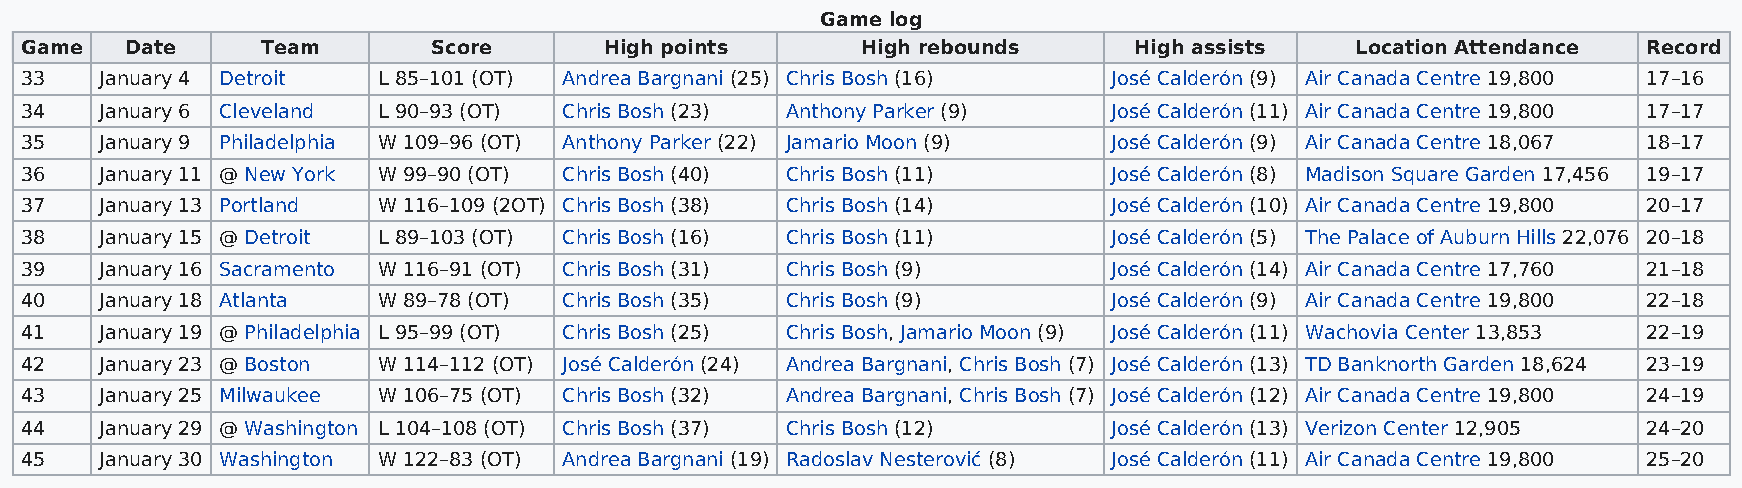
Game log
 Game   Date     Team        Score      High points      High rebounds     High assists   Location Attendance Record
 33    January 4 Detroit L 85–101 (OT) Andrea Bargnani (25) Chris Bosh (16) José Calderón (9) Air Canada Centre 19,800 17–16
 34    January 6 Cleveland L 90–93 (OT) Chris Bosh (23) Anthony Parker (9) José Calderón (11) Air Canada Centre 19,800 17–17
 35    January 9 Philadelphia W 109–96 (OT) Anthony Parker (22) Jamario Moon (9) José Calderón (9) Air Canada Centre 18,067 18–17
 36    January 11 @ New York W 99–90 (OT) Chris Bosh (40) Chris Bosh (11) José Calderón (8) Madison Square Garden 17,456 19–17
 37    January 13 Portland W 116–109 (2OT) Chris Bosh (38) Chris Bosh (14) José Calderón (10) Air Canada Centre 19,800 20–17
 38    January 15 @ Detroit L 89–103 (OT) Chris Bosh (16) Chris Bosh (11) José Calderón (5) The Palace of Auburn Hills 22,076 20–18
 39    January 16 Sacramento W 116–91 (OT) Chris Bosh (31) Chris Bosh (9) José Calderón (14) Air Canada Centre 17,760 21–18
 40    January 18 Atlanta W 89–78 (OT) Chris Bosh (35) Chris Bosh (9)     José Calderón (9) Air Canada Centre 19,800 22–18
 41    January 19 @ Philadelphia L 95–99 (OT) Chris Bosh (25) Chris Bosh, Jamario Moon (9) José Calderón (11) Wachovia Center 13,853 22–19
 42    January 23 @ Boston W 114–112 (OT) José Calderón (24) Andrea Bargnani, Chris Bosh (7) José Calderón (13) TD Banknorth Garden 18,624 23–19
 43    January 25 Milwaukee W 106–75 (OT) Chris Bosh (32) Andrea Bargnani, Chris Bosh (7) José Calderón (12) Air Canada Centre 19,800 24–19
 44    January 29 @ Washington L 104–108 (OT) Chris Bosh (37) Chris Bosh (12) José Calderón (13) Verizon Center 12,905 24–20
 45    January 30 Washington W 122–83 (OT) Andrea Bargnani (19) Radoslav Nesterović (8) José Calderón (11) Air Canada Centre 19,800 25–20